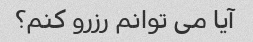
آیا می توانم رزرو کنم؟